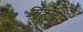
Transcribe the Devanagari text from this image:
सिंक्रोट्रान